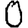
Digit: 0